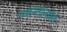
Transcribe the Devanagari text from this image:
ग्वान्तानामो